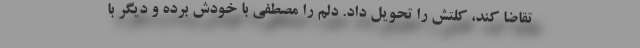
تقاضا کند، کلتش را تحویل داد. دلم را مصطفی با خودش برده و دیگر با